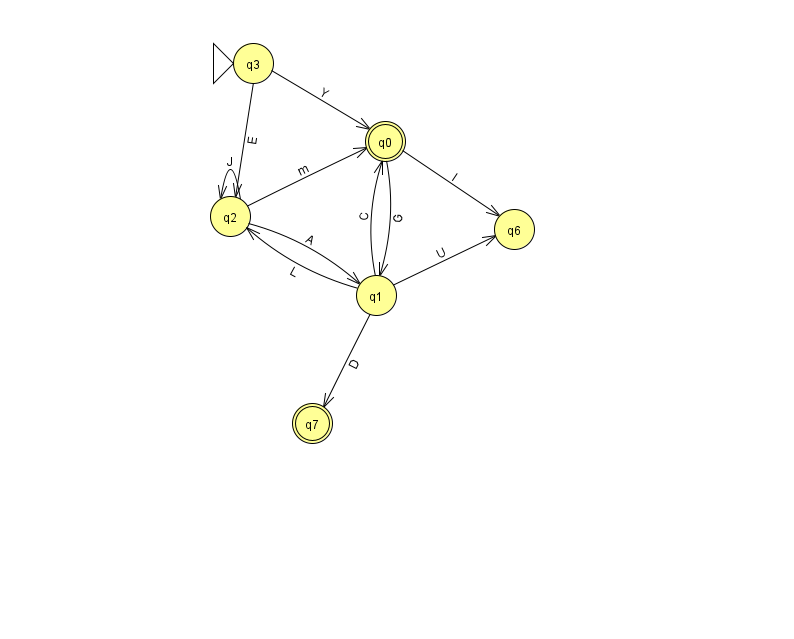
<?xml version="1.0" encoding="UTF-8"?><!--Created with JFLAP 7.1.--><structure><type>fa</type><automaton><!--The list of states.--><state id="0" name="q0"><x>385.0</x><y>128.0</y><final/></state><state id="1" name="q1"><x>376.0</x><y>282.0</y></state><state id="2" name="q2"><x>230.0</x><y>203.0</y></state><state id="3" name="q3"><x>253.0</x><y>50.0</y><initial/></state><state id="6" name="q6"><x>514.0</x><y>216.0</y></state><state id="7" name="q7"><x>312.0</x><y>410.0</y><final/></state><!--The list of transitions.--><transition><from>3</from><to>2</to><read>E</read></transition><transition><from>1</from><to>0</to><read>C</read></transition><transition><from>0</from><to>6</to><read>I</read></transition><transition><from>2</from><to>1</to><read>A</read></transition><transition><from>0</from><to>1</to><read>G</read></transition><transition><from>1</from><to>6</to><read>U</read></transition><transition><from>2</from><to>0</to><read>m</read></transition><transition><from>3</from><to>0</to><read>Y</read></transition><transition><from>1</from><to>2</to><read>L</read></transition><transition><from>1</from><to>7</to><read>D</read></transition><transition><from>2</from><to>2</to><read>J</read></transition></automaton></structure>